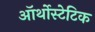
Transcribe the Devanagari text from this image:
ऑर्थोस्टेटिक